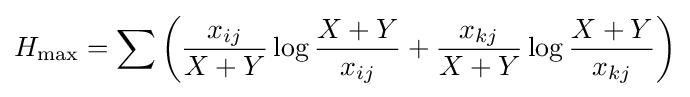
H_{\max }=\sum \left({\frac {x_{ij}}{X+Y}}\log {\frac {X+Y}{x_{ij}}}+{\frac {x_{kj}}{X+Y}}\log {\frac {X+Y}{x_{kj}}}\right)